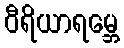
ဝီရိယာရမ္ဘေ